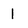
Character: 1